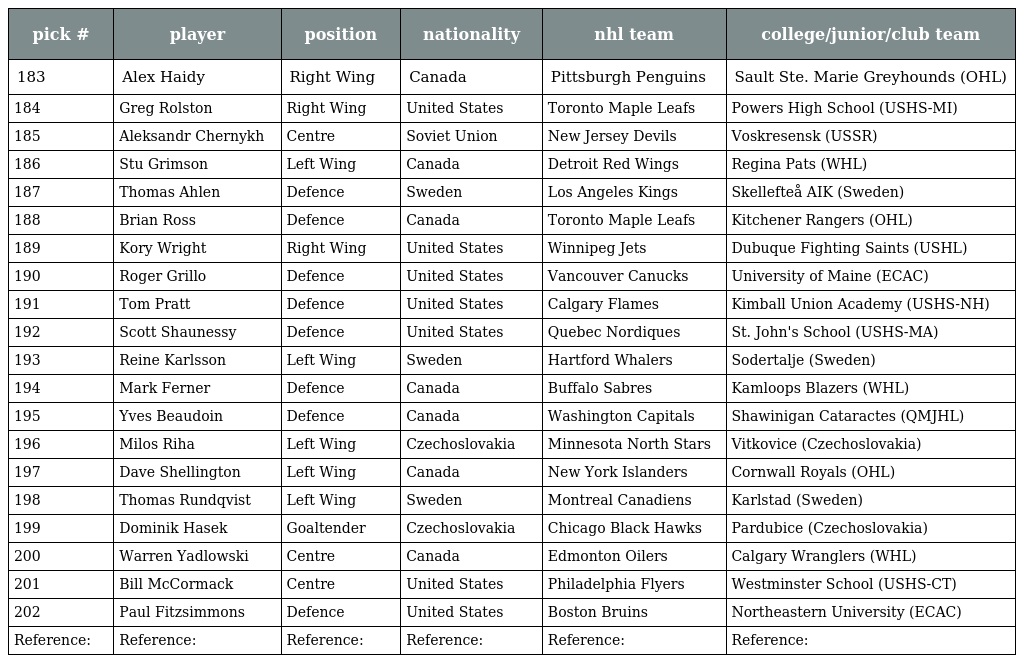
| pick # | player | position | nationality | nhl team | college/junior/club team |
 | --- | --- | --- | --- | --- | --- |
 | 183 | Alex Haidy | Right Wing | Canada | Pittsburgh Penguins | Sault Ste. Marie Greyhounds (OHL) |
 | 184 | Greg Rolston | Right Wing | United States | Toronto Maple Leafs | Powers High School (USHS-MI) |
 | 185 | Aleksandr Chernykh | Centre | Soviet Union | New Jersey Devils | Voskresensk (USSR) |
 | 186 | Stu Grimson | Left Wing | Canada | Detroit Red Wings | Regina Pats (WHL) |
 | 187 | Thomas Ahlen | Defence | Sweden | Los Angeles Kings | Skellefteå AIK (Sweden) |
 | 188 | Brian Ross | Defence | Canada | Toronto Maple Leafs | Kitchener Rangers (OHL) |
 | 189 | Kory Wright | Right Wing | United States | Winnipeg Jets | Dubuque Fighting Saints (USHL) |
 | 190 | Roger Grillo | Defence | United States | Vancouver Canucks | University of Maine (ECAC) |
 | 191 | Tom Pratt | Defence | United States | Calgary Flames | Kimball Union Academy (USHS-NH) |
 | 192 | Scott Shaunessy | Defence | United States | Quebec Nordiques | St. John's School (USHS-MA) |
 | 193 | Reine Karlsson | Left Wing | Sweden | Hartford Whalers | Sodertalje (Sweden) |
 | 194 | Mark Ferner | Defence | Canada | Buffalo Sabres | Kamloops Blazers (WHL) |
 | 195 | Yves Beaudoin | Defence | Canada | Washington Capitals | Shawinigan Cataractes (QMJHL) |
 | 196 | Milos Riha | Left Wing | Czechoslovakia | Minnesota North Stars | Vitkovice (Czechoslovakia) |
 | 197 | Dave Shellington | Left Wing | Canada | New York Islanders | Cornwall Royals (OHL) |
 | 198 | Thomas Rundqvist | Left Wing | Sweden | Montreal Canadiens | Karlstad (Sweden) |
 | 199 | Dominik Hasek | Goaltender | Czechoslovakia | Chicago Black Hawks | Pardubice (Czechoslovakia) |
 | 200 | Warren Yadlowski | Centre | Canada | Edmonton Oilers | Calgary Wranglers (WHL) |
 | 201 | Bill McCormack | Centre | United States | Philadelphia Flyers | Westminster School (USHS-CT) |
 | 202 | Paul Fitzsimmons | Defence | United States | Boston Bruins | Northeastern University (ECAC) |
 | Reference: | Reference: | Reference: | Reference: | Reference: | Reference: |